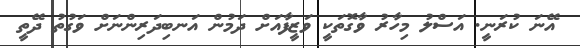
އޭނަ ކުރަނީ. އަސްލު މިހާރު ވާގޮތަކީ ވަޒީފާއަށް ދަމުން އަނބިދަރިންނަށް ވަގުތު ދޭތީ